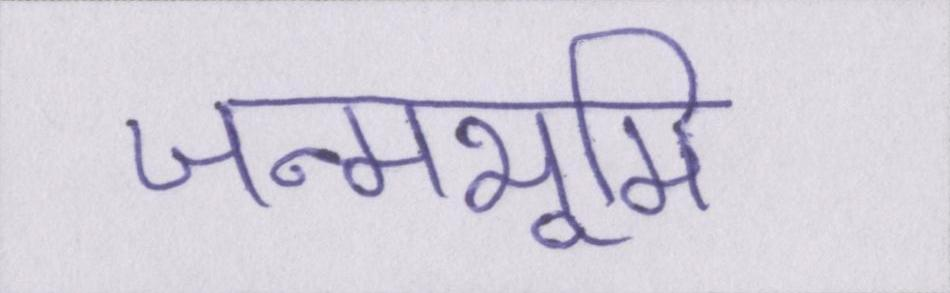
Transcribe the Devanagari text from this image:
जन्मभूमि